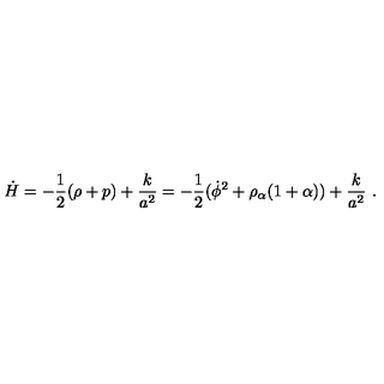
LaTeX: \dot { H } = - { \frac { 1 } { 2 } } ( \rho + p ) + { \frac { k } { a ^ { 2 } } } = - { \frac { 1 } { 2 } } ( \dot { \phi } ^ { 2 } + \rho _ { \alpha } ( 1 + \alpha ) ) + { \frac { k } { a ^ { 2 } } } \ .